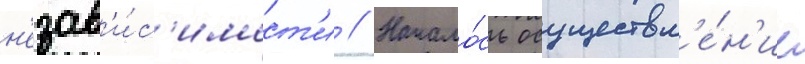
н'езав'и́с'имост'и // Начало́сь осуществл'е́н'ие